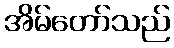
အိမ်တော်သည်